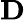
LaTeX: \textbf{D}